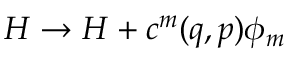
H \rightarrow H + c ^ { m } ( q , p ) \phi _ { m }